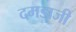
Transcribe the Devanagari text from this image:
दमडाजी